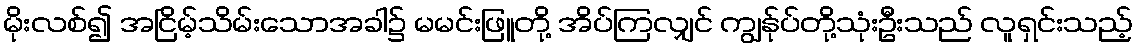
မိုးလစ်၍ အငြိမ့်သိမ်းသောအခါ၌ မမင်းဖြူတို့ အိပ်ကြလျှင် ကျွန်ုပ်တို့သုံးဦးသည် လူရှင်းသည့်